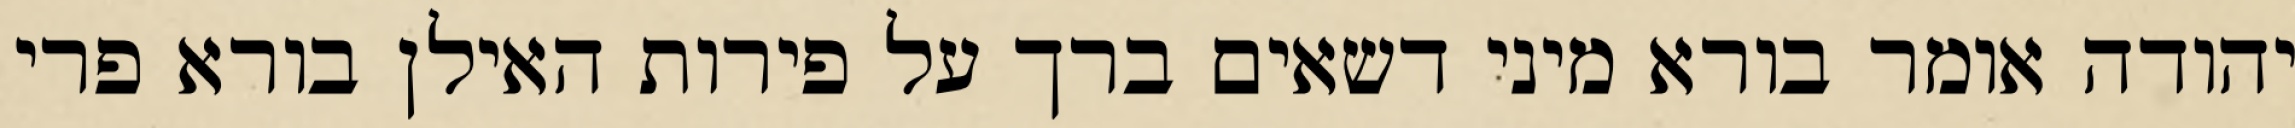
יהודה אומר בורא מיני דשאים ברך על פירות האילן בורא פרי